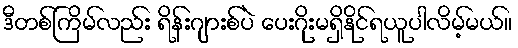
ဒီတစ်ကြိမ်လည်း ရိန်းဂျားစ်ပဲ ပေးဂိုးမရှိနိုင်ရယူပါလိမ့်မယ်။